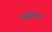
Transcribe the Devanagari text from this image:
बॉयलर।